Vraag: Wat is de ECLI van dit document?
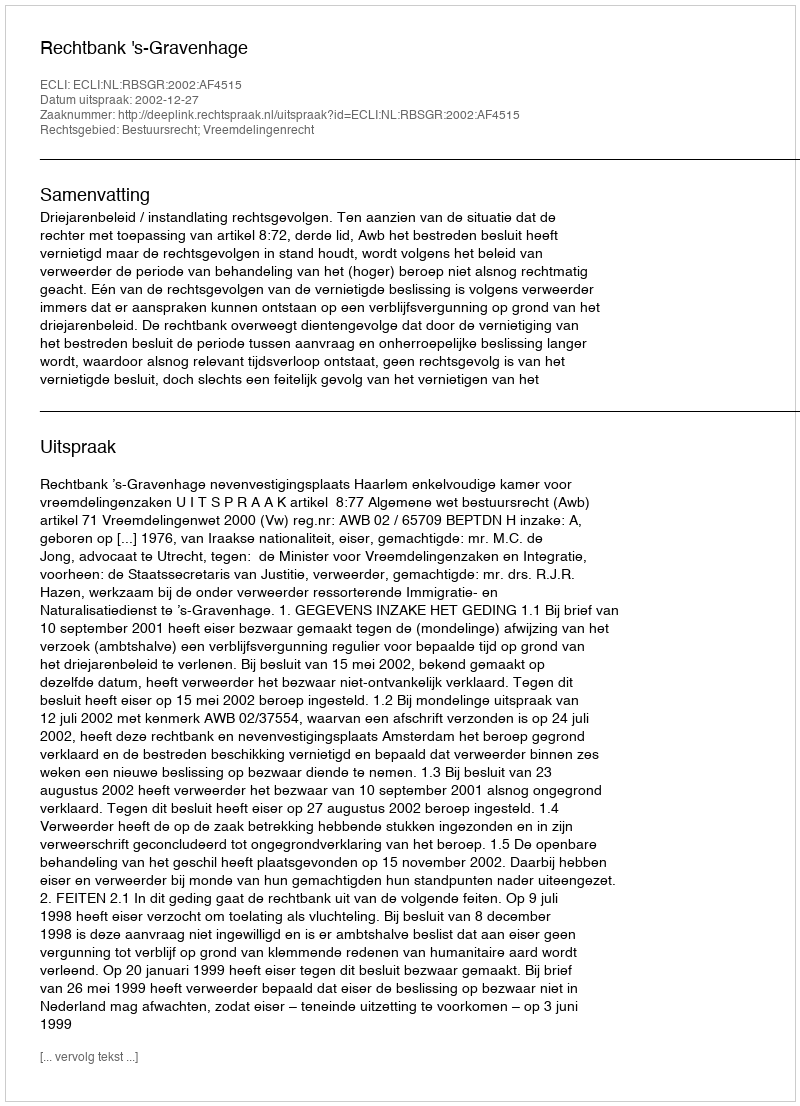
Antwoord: ECLI:NL:RBSGR:2002:AF4515